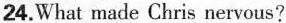
24.What made Chris nervous?